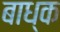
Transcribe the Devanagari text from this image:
बाध्‍क